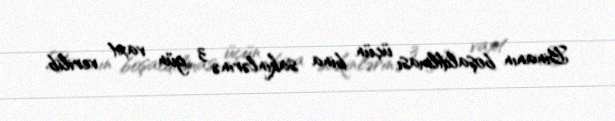
Binanın boşaldılması üçün bina sakinlərinə 3 gün vaxt verilib.